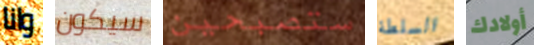
وانا سيكون ستصبحين السلطة أولادك